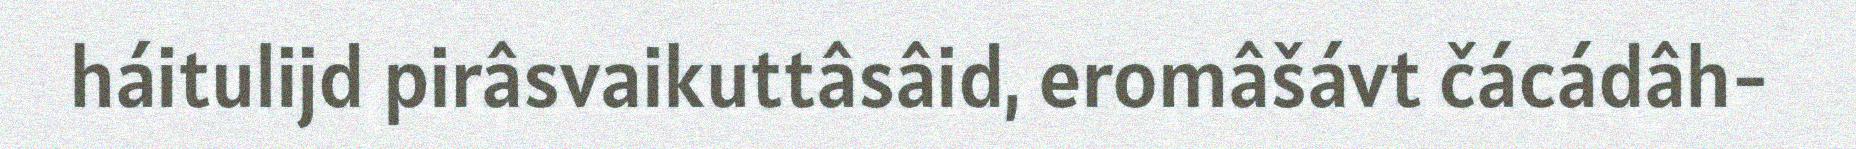
háitulijd pirâsvaikuttâsâid, eromâšávt čácádâh-